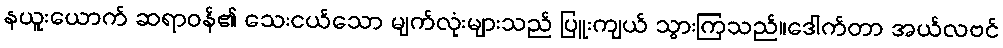
နယူးယောက် ဆရာဝန်၏ သေးငယ်သော မျက်လုံးများသည် ပြူးကျယ် သွားကြသည်။ဒေါက်တာ အယ်လဗင်